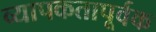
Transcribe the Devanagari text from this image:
व्यापकतापूर्वक